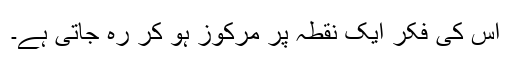
اس کی فکر ایک نقطہ پر مرکوز ہو کر رہ جاتی ہے۔